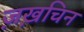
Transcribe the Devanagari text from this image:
ज़ख़चिन